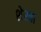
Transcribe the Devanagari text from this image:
शेरवा